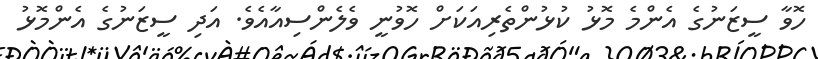
ހޮވާ ސީޒަނުގެ އެންމެ މޮޅު ކުޅުންތެރިއަކަށް ހޮވުނީ ވެލެންސިއާއެވެ. އަދި ސީޒަނުގެ އެންމޮޅު